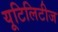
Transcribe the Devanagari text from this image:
यूटिलिटीज